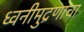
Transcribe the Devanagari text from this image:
ध्वनीमुद्रणाचा